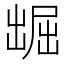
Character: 𱐑